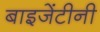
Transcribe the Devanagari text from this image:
बाइजेंटीनी